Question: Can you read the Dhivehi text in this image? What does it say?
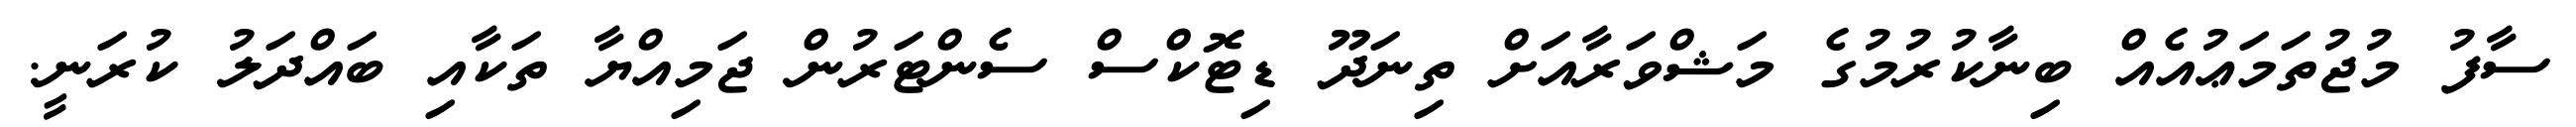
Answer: ސާފު މުޖުތަމަޢުއެއް ބިނާކުރުމުގެ މަޝްވަރާއަށް ތިނަދޫ ޑިޓޮކްސް ސެންޓަރުން ޖަމިއްޔާ ތަކާއި ބައްދަލު ކުރަނީ.